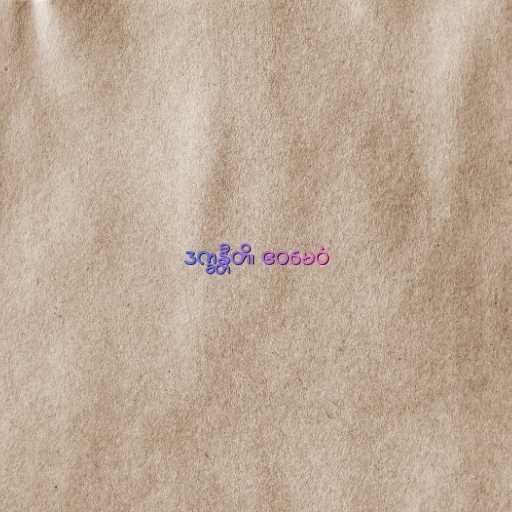
ဒက္ခန္တီတိ၊ ဧဝမေဝံ